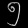
Digit: ၅